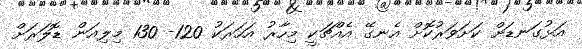
އަޅުގަނޑަށް ކަށަވަރުކޮށް އެނގޭ އެއްޗަކީ މިހާރު އަހަރަކު 120- 130 މިލިއަން ޑޮލަރަށް